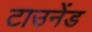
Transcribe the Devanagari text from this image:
टाउनेंड